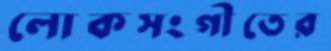
লোকসংগীতের